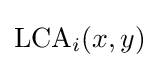
\mathrm {LCA} _{i}(x,y)